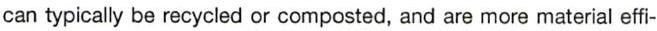
can typically be recycled or composted, and are more material effi-